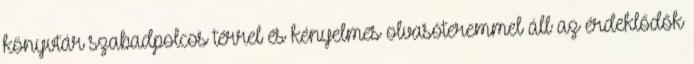
könyvtár szabadpolcos térrel és kényelmes olvasóteremmel áll az érdeklődők